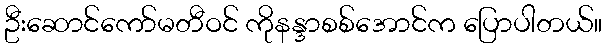
ဦးဆောင်ကော်မတီဝင် ကိုနန္ဒာစစ်အောင်က ပြောပါတယ်။